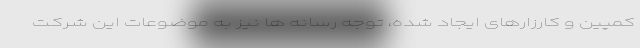
کمپین و کارزارهای ایجاد شده، توجه رسانه ها نیز به موضوعات این شرکت